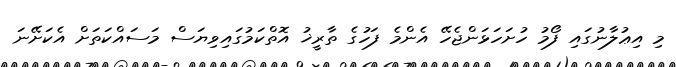
މި އިޢުލާނުގައި ފޯމު ހުށަހަޅަންޖެހޭ އެންމެ ފަހުގެ ތާރީޚު އޮތްކަމުގައިވިޔަސް މަސައްކަތަށް އެކަށޭނަ